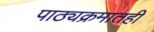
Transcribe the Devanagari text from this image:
पाठ्यक्रमातही